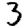
Digit: 3